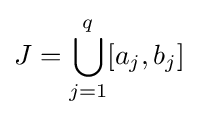
J=\bigcup \limits _{j=1}^{q}[a_{j},b_{j}]